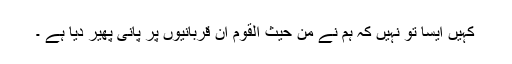
کہیں ایسا تو نہیں کہ ہم نے من حیث القوم ان قربانیوں پر پانی پھیر دیا ہے ۔